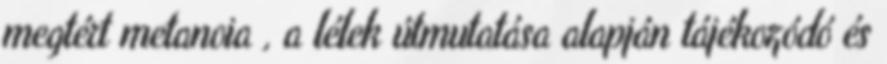
megtért metanoia , a lélek útmutatása alapján tájékozódó és